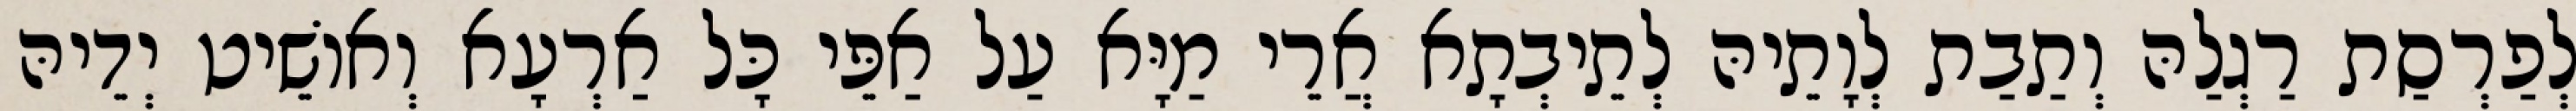
לְפַרְסַת רַגְלַהּ וְתַבַת לְוָתֵיהּ לְתֵיבְתָא אֲרֵי מַיָּא עַל אַפֵּי כָּל אַרְעָא וְאוֹשֵׁיט יְדֵיהּ